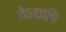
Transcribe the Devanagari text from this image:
तेऽद्यापि